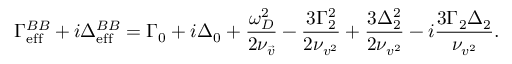
\Gamma _ { \mathrm { e f f } } ^ { B B } + i \Delta _ { \mathrm { e f f } } ^ { B B } = \Gamma _ { 0 } + i \Delta _ { 0 } + \frac { \omega _ { D } ^ { 2 } } { 2 \nu _ { \vec { v } } } - \frac { 3 \Gamma _ { 2 } ^ { 2 } } { 2 \nu _ { v ^ { 2 } } } + \frac { 3 \Delta _ { 2 } ^ { 2 } } { 2 \nu _ { v ^ { 2 } } } - i \frac { 3 \Gamma _ { 2 } \Delta _ { 2 } } { \nu _ { v ^ { 2 } } } .